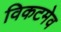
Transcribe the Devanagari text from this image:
विकटमेव